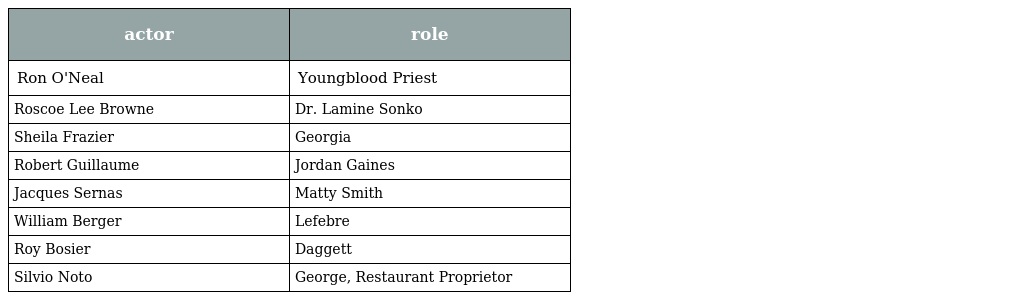
| actor | role |
 | --- | --- |
 | Ron O'Neal | Youngblood Priest |
 | Roscoe Lee Browne | Dr. Lamine Sonko |
 | Sheila Frazier | Georgia |
 | Robert Guillaume | Jordan Gaines |
 | Jacques Sernas | Matty Smith |
 | William Berger | Lefebre |
 | Roy Bosier | Daggett |
 | Silvio Noto | George, Restaurant Proprietor |